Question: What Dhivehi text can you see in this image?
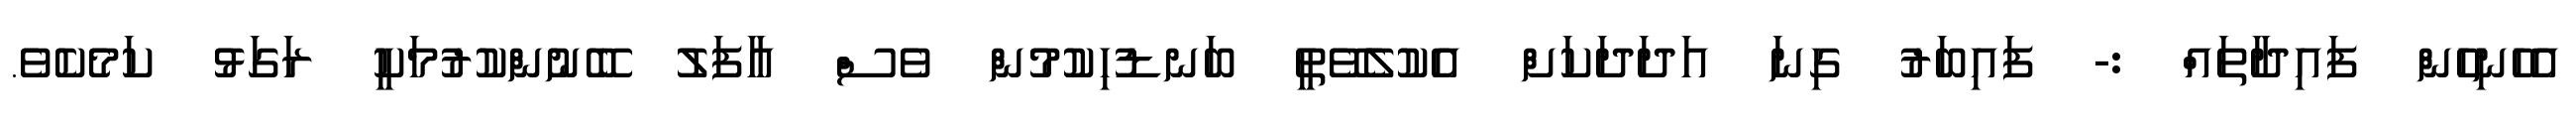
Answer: އެހެނިހެން ފައިދާތައް :- ފައިބަރު ގިނަ އަދަދަކަށް އެކުލެވޭތީ ބަނޑުހިކުމުން ވެސް އާފަލު ބޭނުންކުރުމަކީ ރަގަޅު ކަމެކެވެ.